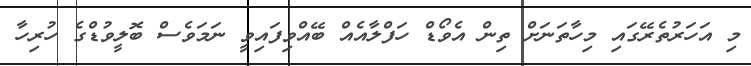
މި އަހަރުތެރޭގައި މިހާތަނަށް ތިން އެވޯޑް ހަފްލާއެއް ބޭއްވިފައިވީ ނަމަވެސް ބޮލީވުޑްގެ ހުރިހާ